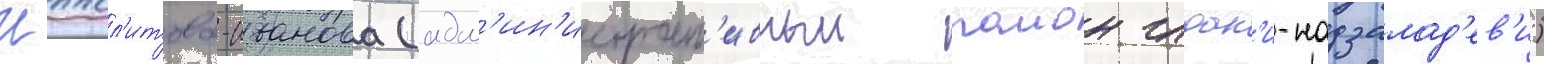
Иппол'итова-иванова (адм'ин'истрат'ивныи раион глдан'и-надзалад'ев'и)